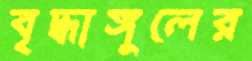
বৃদ্ধাঙ্গুলের